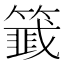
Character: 𬕵